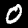
Digit: 0